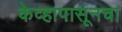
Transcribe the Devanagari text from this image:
केव्हापासूनचा